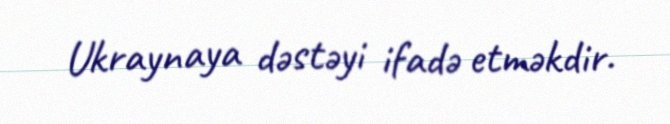
Ukraynaya dəstəyi ifadə etməkdir.